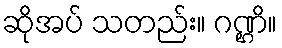
ဆိုအပ် သတည်း။ ဂဏ္ဌိ။